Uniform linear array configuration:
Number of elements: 64
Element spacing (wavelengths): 1
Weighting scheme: exponential
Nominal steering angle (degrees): -15
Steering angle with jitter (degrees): -14.499
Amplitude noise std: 0.05
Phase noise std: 0.05

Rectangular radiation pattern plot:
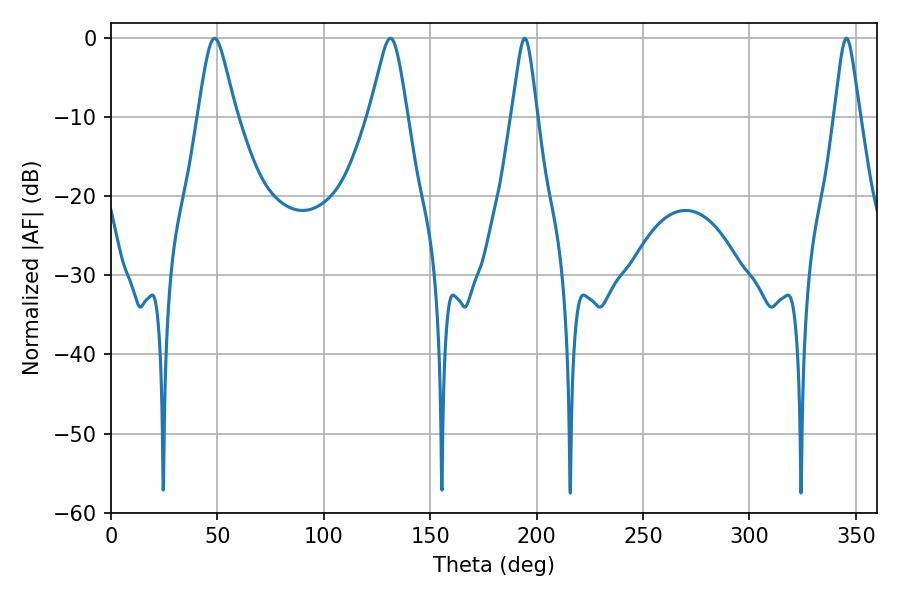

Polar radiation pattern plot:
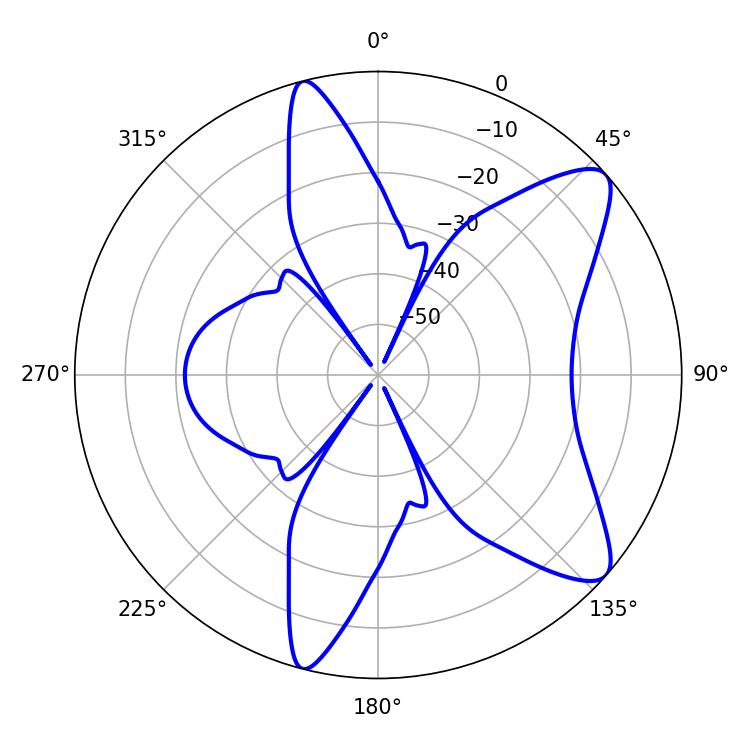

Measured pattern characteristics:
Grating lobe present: TRUE
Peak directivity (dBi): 9.597
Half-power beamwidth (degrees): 5.76
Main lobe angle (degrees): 194.4